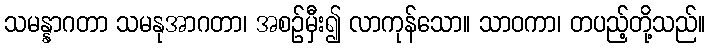
သမန္နာဂတာ သမနုအာဂတာ၊ အစဉ်မှီး၍ လာကုန်သော။ သာဝကာ၊ တပည့်တို့သည်။